Indian journal of veterinary science and animal husbandry - Volume 6,
Year: 1936
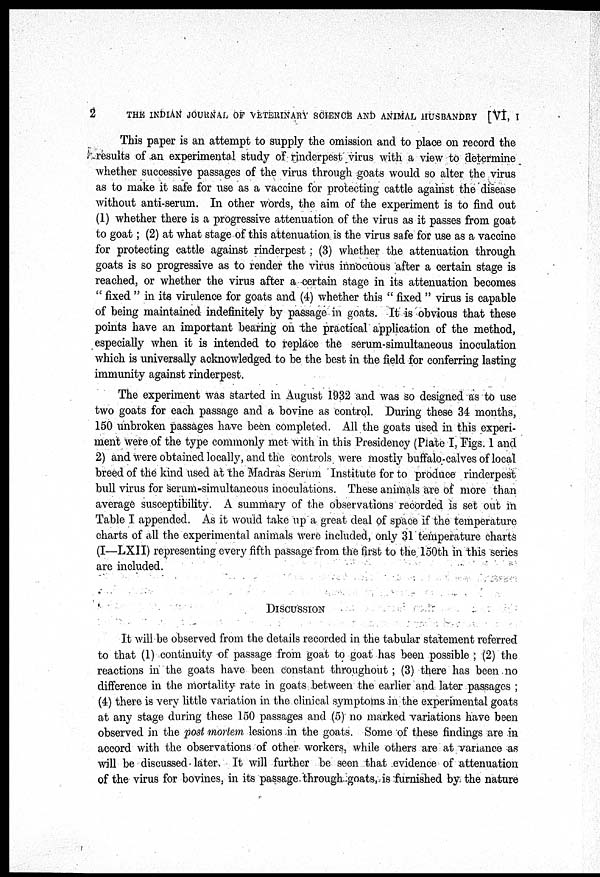
2
THE INDIAN JOURNAL OF VETERINARY SCIENCE AND ANIMAL HUSBANDRY [VI, I
This paper is an attempt to supply the omission and to place on record the
results of an experimental study of rinderpest virus with a view to determine
whether successive passages of the virus through goats would so alter the virus
as to make it safe for use as a vaccine for protecting cattle against the disease
without anti-serum. In other words, the aim of the experiment is to find out
(1) whether there is a progressive attenuation of the virus as it passes from goat
to goat ; (2) at what stage of this attenuation is the virus safe for use as a vaccine
for protecting cattle against rinderpest ; (3) whether the attenuation through
goats is so progressive as to render the virus innocuous after a certain stage is
reached, or whether the virus after a certain stage in its attenuation becomes
" fixed " in its virulence for goats and (4) whether this " fixed " virus is capable
of being maintained indefinitely by passage in goats. It is obvious that these
points have an important bearing on the practical application of the method,
especially when it is intended to replace the serum-simultaneous inoculation
which is universally acknowledged to be the best in the field for conferring lasting
immunity against rinderpest.
The experiment was started in August 1932 and was so designed as to use
two goats for each passage and a bovine as control. During these 34 months,
150 unbroken passages have been completed. All the goats used in this experi-
ment were of the type commonly met with in this Presidency (Plate I, Figs. 1 and
2) and were obtained locally, and the controls were mostly buffalo-calves of local
breed of the kind used at the Madras Serum Institute for to produce rinderpest
bull virus for serum-simultaneous inoculations. These animals are of more than
average susceptibility. A summary of the observations recorded is set out in
Table I appended. As it would take up a great deal of space if the temperature
charts of all the experimental animals were included, only 31 temperature charts
(I—LXII) representing every fifth passage from the first to the 150th in this series
are included.
DISCUSSION
It will be observed from the details recorded in the tabular statement referred
to that (1) continuity of passage from goat to goat has been possible ; (2) the
reactions in the goats have been constant throughout ; (3) there has been no
difference in the mortality rate in goats between the earlier and later passages ;
(4) there is very little variation in the clinical symptoms in the experimental goats
at any stage during these 150 passages and (5) no marked variations have been
observed in the post mortem lesions in the goats. Some of these findings are in
accord with the observations of other workers, while others are at variance as
will be discussed later. It will further be seen that evidence of attenuation
of the virus for bovines, in its passage through goats, is furnished by the nature